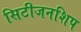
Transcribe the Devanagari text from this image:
सिटीजनशिप